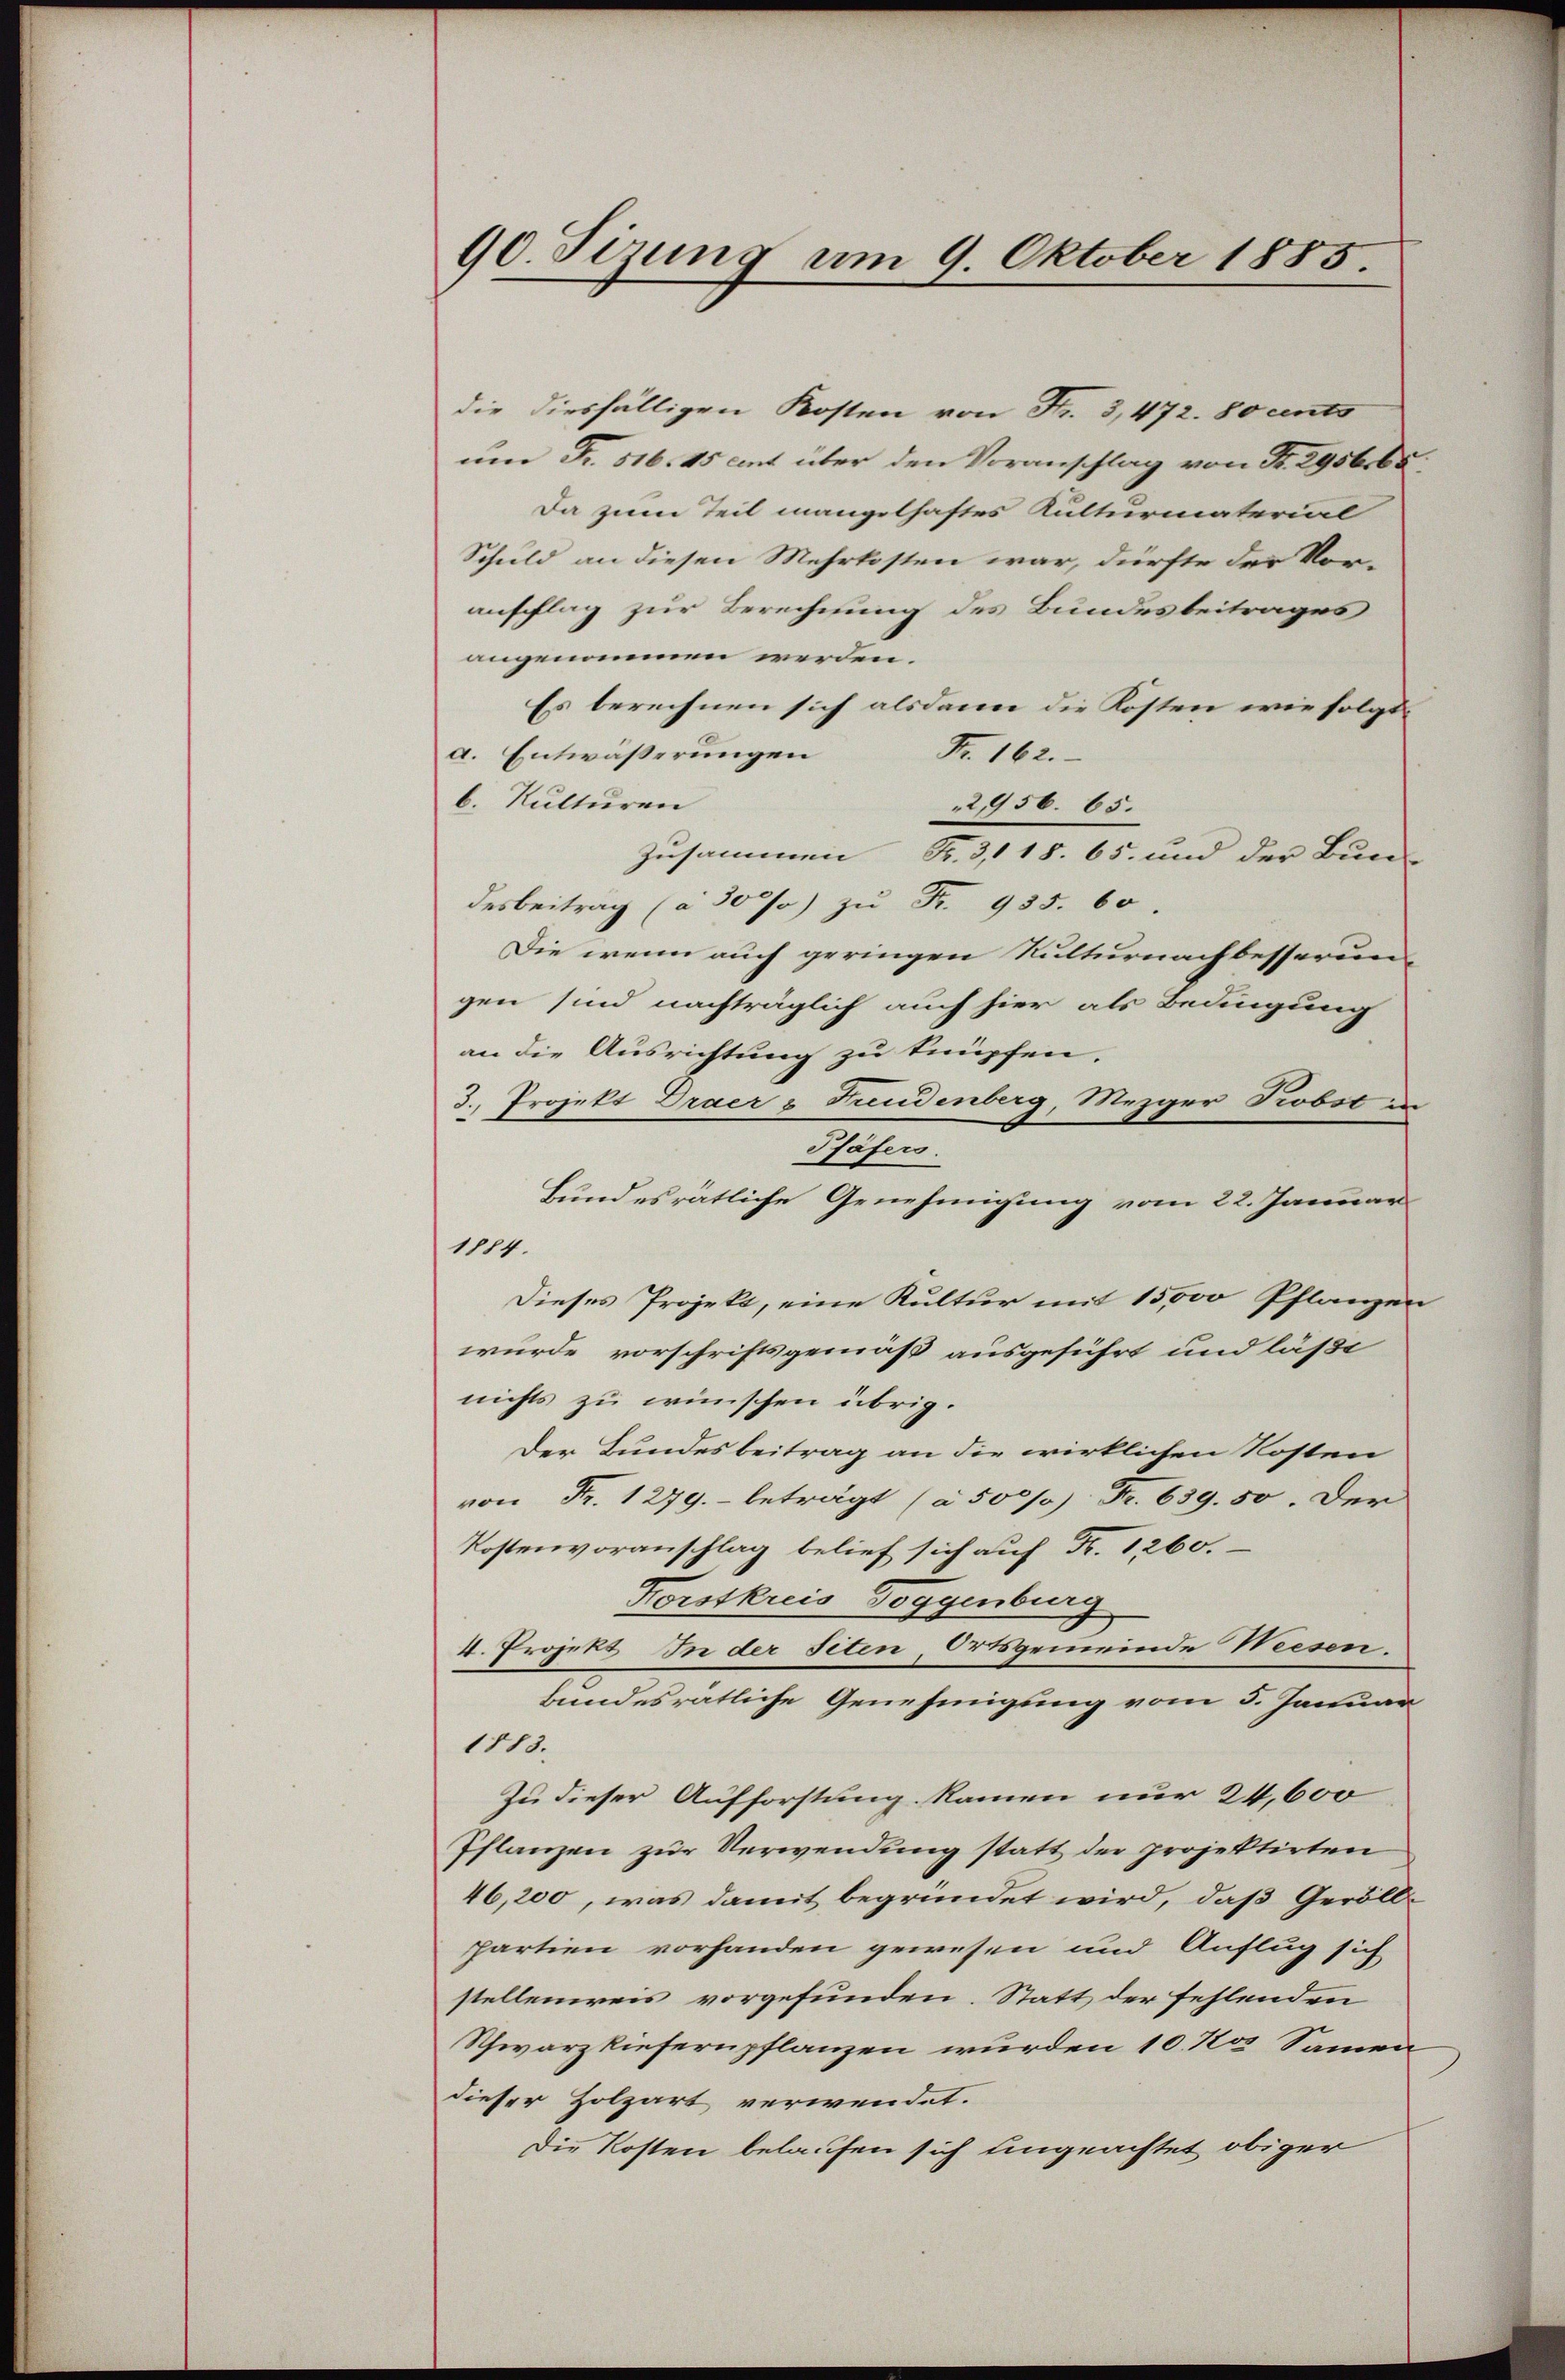
90. Sizung am 9. Oktober 1885.

die diesfälligen Kosten von Fr. 3,472. 80 ents
um Fr. 516. 45 ant über den Voranschlag von Fr. 2956. ba
Da zum Teil mangelhaftes Kulturmaterial
Schuld an diesen Mehrkosten war, dürfte der Vor-
anschlag zur Berechnung des Bundesbeitrages
angenommen werden.
Es berechnen sich alsdann die Kosten wie folge
Fr. 162.
a. Entwäßerungen
b. Kulturen
2956. 65.
Zusammen Fr. 3118. 65. und der Bun-
desbeitrag (à 30% zu Fr. 935. 60.
Die wenn auch geringen Kulturnachbesserung
gen sind nachträglich auch hier als Bedingung
an die Ausrichtung zu knüpfen.
3. Projekt Draer u Freudenberg, Mezger Probst in
Pfäfers.
Bundesrätliche Genehmigung vom 22. Januar
1114.
Dieses Projekt, eine Kultur mit 15,000 Pflanzen
wurde vorschriftsgemäß ausgeführt und läßt
nichts zu wünschen übrig.
Der Bundesbeitrag an die wirklichen Kosten
von Fr. 1279.- beträgt (à 500/): Fr. 639. 50. Der
Kostenvoranschlag belief sich auf Fr. 1260.
Forstkreis Toggenburg
4. Projekt. In der siten, Ortsgemeinde Weesen.
bundesratliche Genehmigung vom 5. Januar
1115.
Zu dieser Aufforstung kamen nur 24,600
Pflanzen zur Verwendung statt der projektirten
46,200, was damit begründet wird, daß Geröllpartien vorhanden gewesen und Anflug sich
stellenweis vorgefunden. Statt der fehlenden
Schwarzkiefernpflanzen wurden 10. No. Samen
dieser Holzart verwendet.
Die Kosten belaufen sich ungeachtet obiger